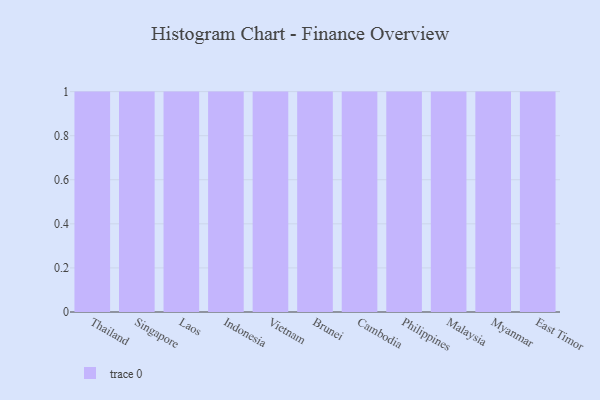
{"axis": {"x": "Country", "y": "Active Users"}, "legend": [""], "data": [{"x": "Thailand", "y": 16, "type": ""}, {"x": "Singapore", "y": 57, "type": ""}, {"x": "Laos", "y": 35, "type": ""}, {"x": "Indonesia", "y": 15, "type": ""}, {"x": "Vietnam", "y": 97, "type": ""}, {"x": "Brunei", "y": 20, "type": ""}, {"x": "Cambodia", "y": 43, "type": ""}, {"x": "Philippines", "y": 25, "type": ""}, {"x": "Malaysia", "y": 47, "type": ""}, {"x": "Myanmar", "y": 2, "type": ""}, {"x": "East Timor", "y": 64, "type": ""}]}